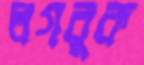
লগবুক